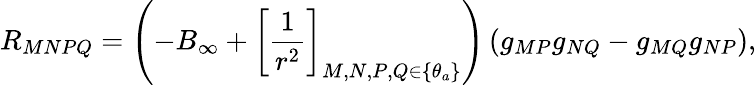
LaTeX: R_{MNPQ}=\left(-B_{\infty}+\left[\frac{1}{r^{2}}\right]_{M,N,P,Q\in\{ \theta_{a}\} }\right)\left(g_{MP}g_{NQ}-g_{MQ}g_{NP}\right),